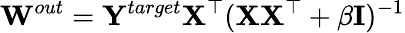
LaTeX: {\mathbf W}^{out}={\mathbf Y}^{target}{\mathbf X^{\top}}({\mathbf X}{\mathbf X^{\top}}+\beta{\mathbf I})^{-1}